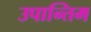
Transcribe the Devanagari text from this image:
उपान्तिम